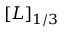
[ L ] _ { 1 / 3 }